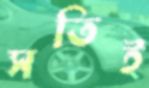
সতিই